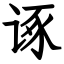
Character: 诼